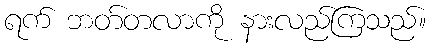
ရက် ဘတ်တလာကို နားလည်ကြသည်။